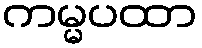
ကမ္မပထာ